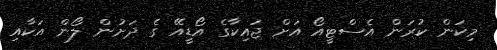
މިކަން ކުރަން އެސްޓީއޯ އަށް ޖައިކާގެ އޯޑީއޭ ގެ ދަށުން ލޯން އަކާއި